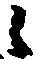
候